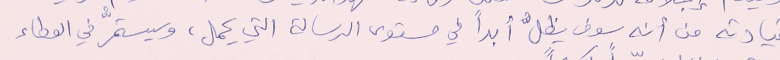
قيادته من أنه سوف يظلُّ أبداً في مستوى الرسالة التي يحمل، وسيستمرُّ في العطاء